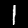
Digit: 1